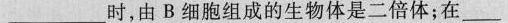
___时，由B细胞组成的生物体是二倍体；在___